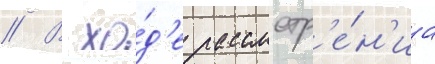
// В хо́д'е рассмотр'е́н'иа